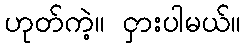
ဟုတ်ကဲ့။ ငှားပါမယ်။